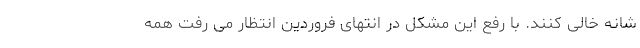
شانه خالی کنند. با رفع این مشکل در انتهای فروردین انتظار می رفت همه